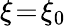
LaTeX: \xi\! =\! \xi_{0}